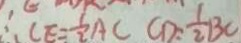
\therefore C E = \frac { 1 } { 2 } A C C D = \frac { 1 } { 2 } B C